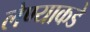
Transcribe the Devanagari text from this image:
लेण्याकडे